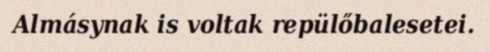
Almásynak is voltak repülőbalesetei.